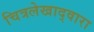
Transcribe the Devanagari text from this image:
चित्रलेखाद्वारा